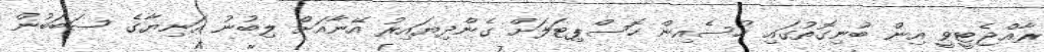
ރާއްޖެޓީވީ އިން ބުނިގޮތުގައި ހުސެއިން ހޮސްޕިޓަލަށް ގެންދިޔައިރު އޭނާއަށް ލިބުނު އަނިޔާގެ ސަބަބުން